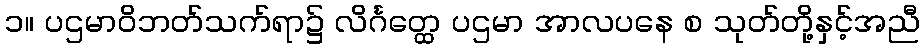
၁။ ပဌမာဝိဘတ်သက်ရာ၌ လိင်္ဂတ္ထေ ပဌမာ အာလပနေ စ သုတ်တို့နှင့်အညီ